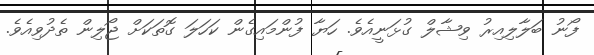
ފޯނު ބަލާލިއިރު ވިޝާލް ގުޅަނީއެވެ. ހަޔާ ފުންމައިގެން ކަހަލަ ގޮތަކަށް ޖޯލިން ތެދުވިއެވެ.